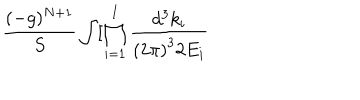
LaTeX: \frac { ( - g ) ^ { N + 1 } } S \int [ \prod _ { i = 1 } ^ { I } \frac { d ^ { 3 } k _ { i } } { \left( 2 \pi \right) ^ { 3 } 2 E _ { i } }